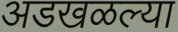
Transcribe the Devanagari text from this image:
अडखळल्या